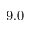
9 . 0